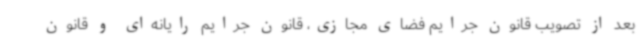
بعد از تصویب قانون جرایم فضای مجازی، قانون جرایم رایانه‌ای و قانون